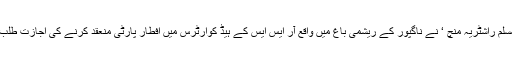
قابل ذکر ہے کہ آر ایس ایس کی تنظیم ’مسلم راشٹریہ منچ ‘ نے ناگپور کے ریشمی باغ میں واقع آر ایس ایس کے ہیڈ کوارٹرس میں افطار پارٹی منعقد کرنے کی اجازت طلب کی تھی تاہم اسے اجازت نہیں دی گئی ۔